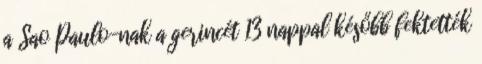
a Sao Paulo-nak a gerincét 13 nappal később fektették